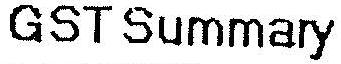
GST SUMMARY